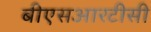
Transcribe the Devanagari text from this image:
बीएसआरटीसी